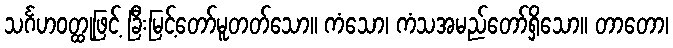
သင်္ဂဟဝတ္ထုဖြင့် ခြီးမြင့်တော်မူတတ်သော။ ကံသော၊ ကံသအမည်တော်ရှိသော။ တာတော၊